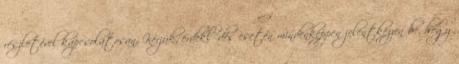
részletével kapcsolatosan. Kérjük, érdeklődés esetén mindenképpen jelentkezzen be, hogy